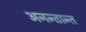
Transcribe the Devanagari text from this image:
अनन्तान्त